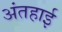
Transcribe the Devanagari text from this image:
अंतहाई